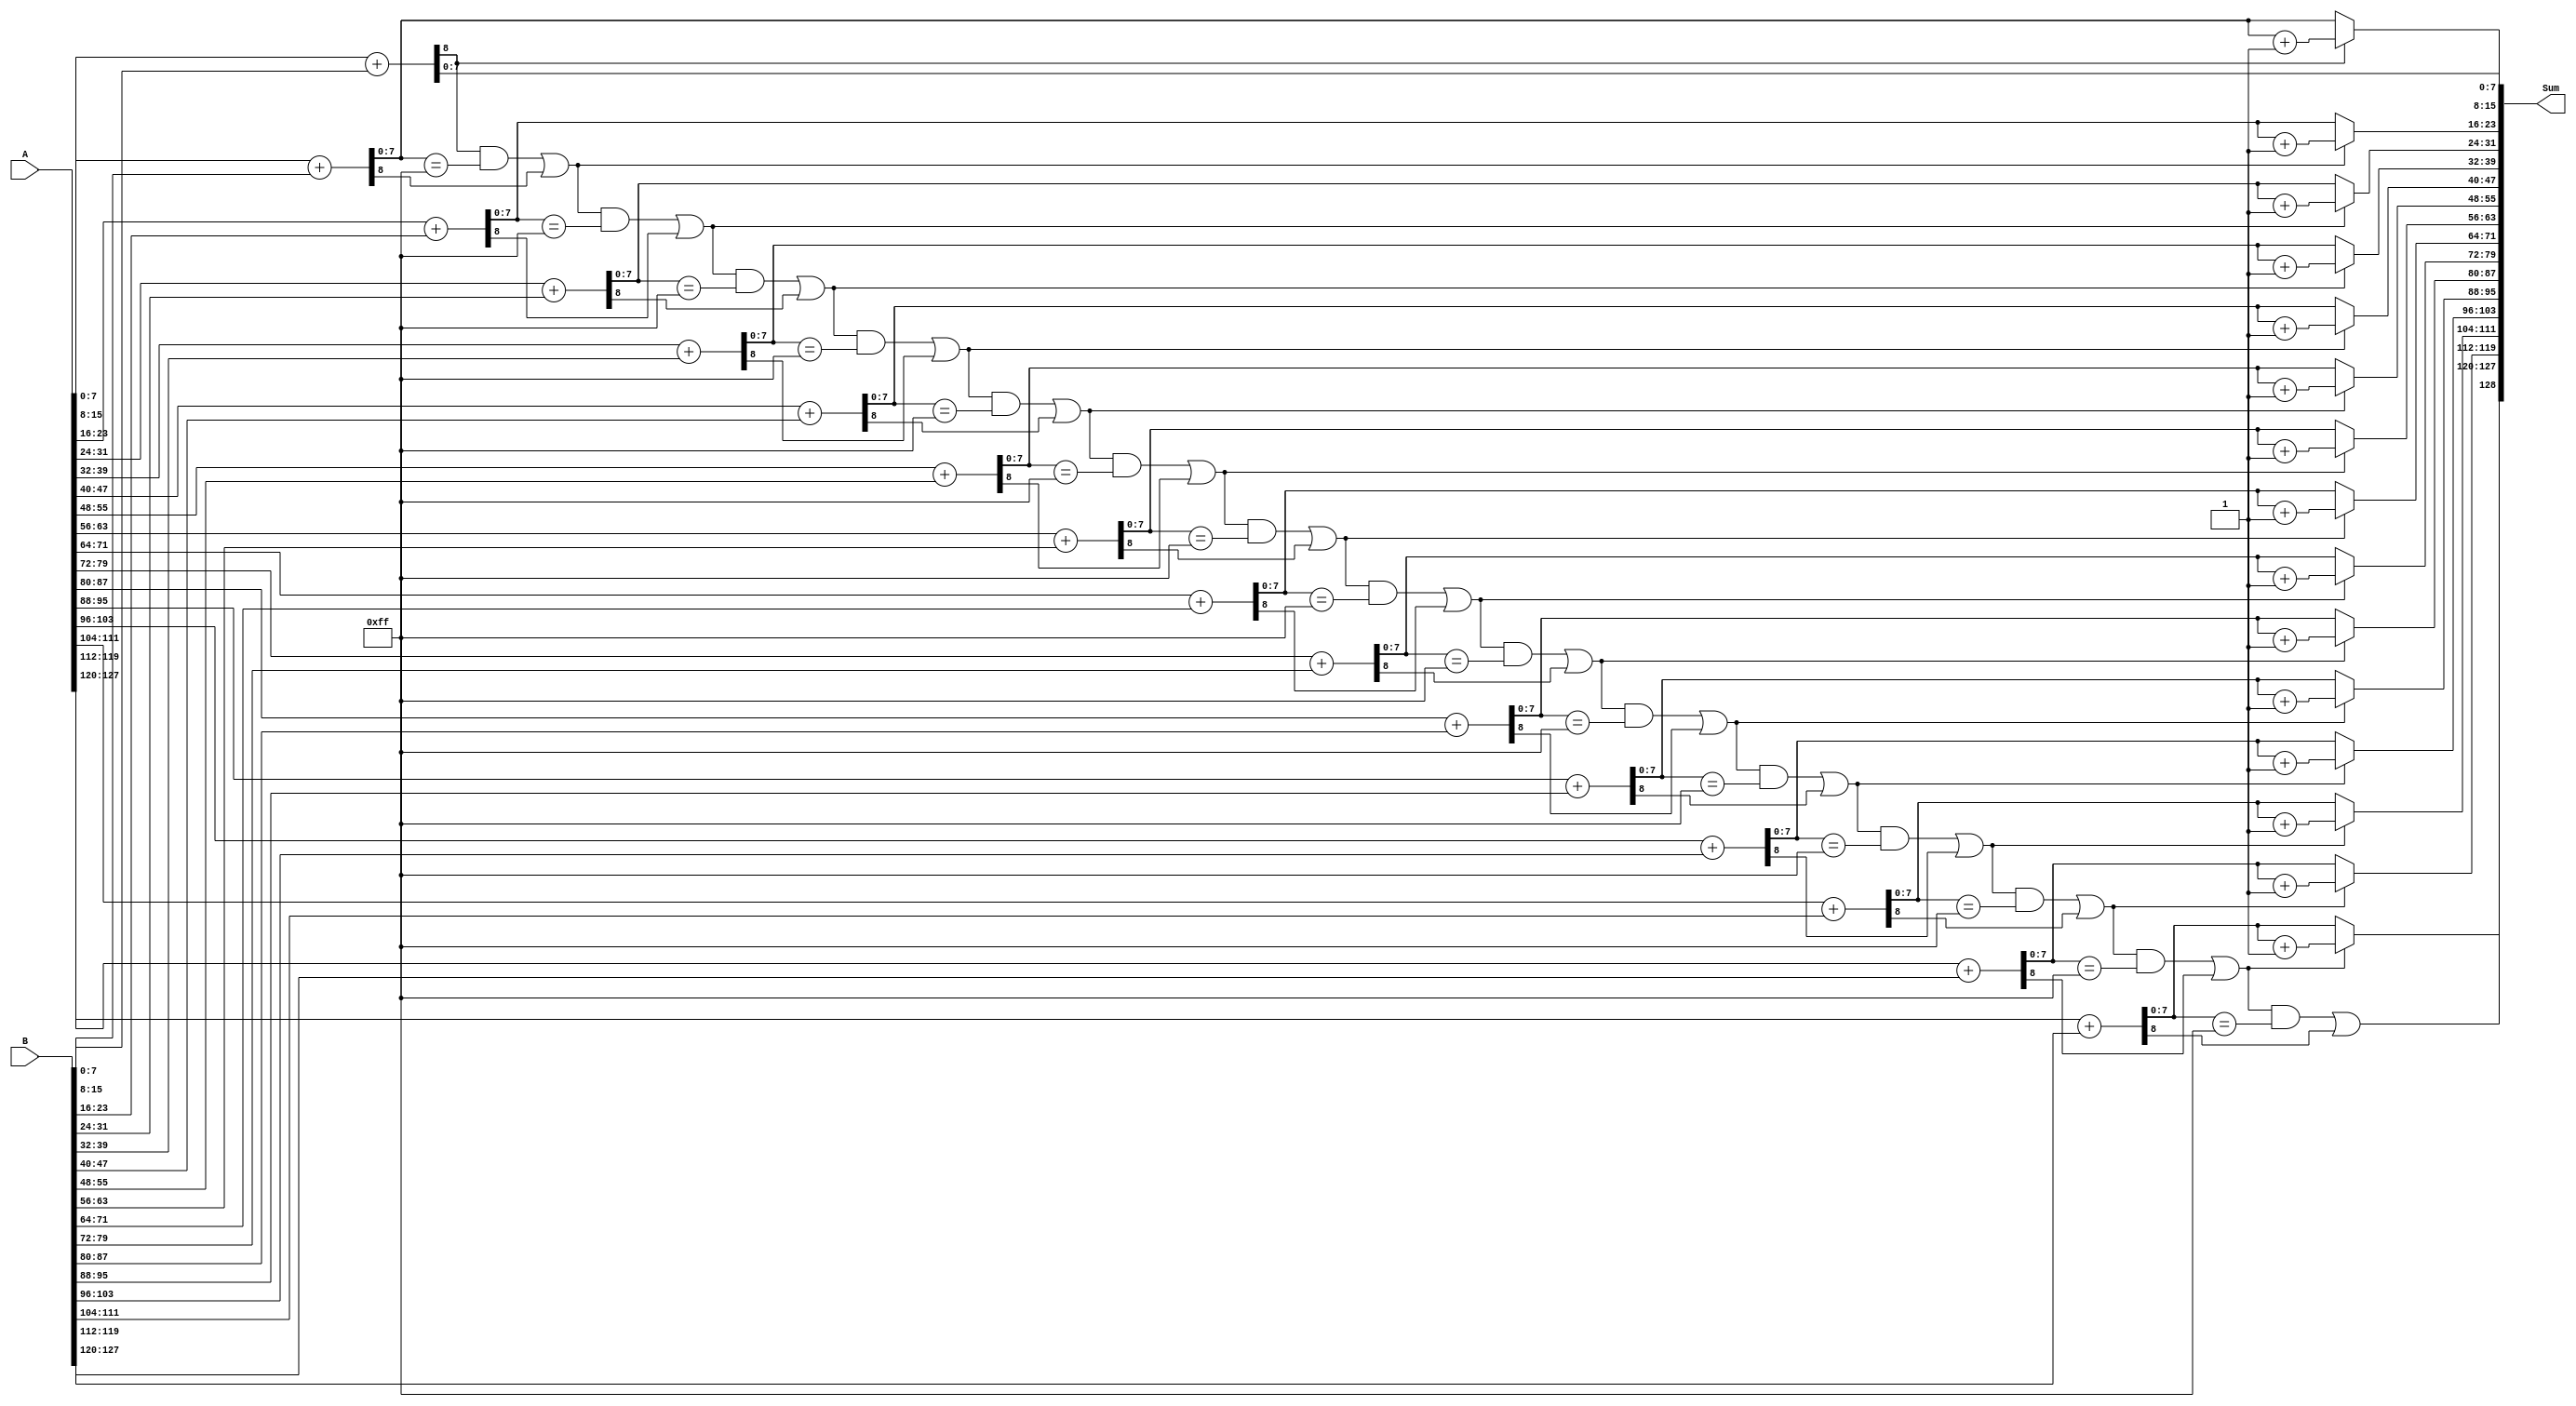
/////////////////////////////////////////////////////////////////////
////                                                             ////
////  High Speed Adder for Large Bitsize Computation (128 Bits)  ////
////                                                             ////
////                                                             ////
////  http://www.opencores.org/projects/adder                    ////
////                                                             ////
/////////////////////////////////////////////////////////////////////
////                                                             ////
//// Copyright (C) 2005 Sean Lee                                 ////
////                         seanlee@opencores.org               ////
////                                                             ////
//// This source file may be used and distributed without        ////
//// restriction provided that this copyright statement is not   ////
//// removed from the file and that any derivative work contains ////
//// the original copyright notice and the associated disclaimer.////
////                                                             ////
////     THIS SOFTWARE IS PROVIDED ``AS IS'' AND WITHOUT ANY     ////
//// EXPRESS OR IMPLIED WARRANTIES, INCLUDING, BUT NOT LIMITED   ////
//// TO, THE IMPLIED WARRANTIES OF MERCHANTABILITY AND FITNESS   ////
//// FOR A PARTICULAR PURPOSE. IN NO EVENT SHALL THE AUTHOR      ////
//// OR CONTRIBUTORS BE LIABLE FOR ANY DIRECT, INDIRECT,         ////
//// INCIDENTAL, SPECIAL, EXEMPLARY, OR CONSEQUENTIAL DAMAGES    ////
//// (INCLUDING, BUT NOT LIMITED TO, PROCUREMENT OF SUBSTITUTE   ////
//// GOODS OR SERVICES; LOSS OF USE, DATA, OR PROFITS; OR        ////
//// BUSINESS INTERRUPTION) HOWEVER CAUSED AND ON ANY THEORY OF  ////
//// LIABILITY, WHETHER IN  CONTRACT, STRICT LIABILITY, OR TORT  ////
//// (INCLUDING NEGLIGENCE OR OTHERWISE) ARISING IN ANY WAY OUT  ////
//// OF THE USE OF THIS SOFTWARE, EVEN IF ADVISED OF THE         ////
//// POSSIBILITY OF SUCH DAMAGE.                                 ////
////                                                             ////
/////////////////////////////////////////////////////////////////////
////                                                             ////
//// Note: The verilog file is written based on 128 bits.        //// 
//// The 128 bits adder was tested on a 0.35                     ////
//// micron technology and synthesis results yielded a 18%       ////
//// speed improvement over conventional carry look ahead adder  ////
//// and 85% improvement compared to conventional ripple adder.  ////
////                                                             ////
//// The verilog code can be expanded using the same concept     ////
//// for 256 bits, 512 bits or beyond.                           ////
/////////////////////////////////////////////////////////////////////

module adder_128bit (A, B, Sum);

input [127:0] A,B;
output [128:0] Sum;
wire [128:0] Sum;

wire [8:0] tempSum1, tempSum2, tempSum3, tempSum4, tempSum5, tempSum6, tempSum7, tempSum8;
wire [8:0] tempSum9, tempSum10, tempSum11, tempSum12, tempSum13, tempSum14, tempSum15, tempSum16;

wire tempCarry1, tempCarry2, tempCarry3, tempCarry4, tempCarry5, tempCarry6, tempCarry7, tempCarry8;
wire tempCarry9, tempCarry10, tempCarry11, tempCarry12, tempCarry13, tempCarry14, tempCarry15, tempCarry16;

wire f2, f3, f4, f5, f6, f7, f8;
wire f9, f10, f11, f12, f13, f14, f15, f16;

wire c1, c2, c3, c4, c5, c6, c7, c8;
wire c9, c10, c11, c12, c13, c14, c15, c16;

assign tempSum1 = A[7:0]      + B[7:0];
assign tempSum2 = A[15:8]     + B[15:8];
assign tempSum3 = A[23:16]    + B[23:16];
assign tempSum4 = A[31:24]    + B[31:24];
assign tempSum5 = A[39:32]    + B[39:32];
assign tempSum6 = A[47:40]    + B[47:40];
assign tempSum7 = A[55:48]    + B[55:48];
assign tempSum8 = A[63:56]    + B[63:56];
assign tempSum9 = A[71:64]    + B[71:64];
assign tempSum10 = A[79:72]   + B[79:72];
assign tempSum11 = A[87:80]   + B[87:80];
assign tempSum12 = A[95:88]   + B[95:88];
assign tempSum13 = A[103:96]  + B[103:96];
assign tempSum14 = A[111:104] + B[111:104];
assign tempSum15 = A[119:112] + B[119:112];
assign tempSum16 = A[127:120] + B[127:120];

assign tempCarry1 = tempSum1[8];
assign tempCarry2 = tempSum2[8];
assign tempCarry3 = tempSum3[8];
assign tempCarry4 = tempSum4[8];
assign tempCarry5 = tempSum5[8];
assign tempCarry6 = tempSum6[8];
assign tempCarry7 = tempSum7[8];
assign tempCarry8 = tempSum8[8];
assign tempCarry9 = tempSum9[8];
assign tempCarry10 = tempSum10[8];
assign tempCarry11 = tempSum11[8];
assign tempCarry12 = tempSum12[8];
assign tempCarry13 = tempSum13[8];
assign tempCarry14 = tempSum14[8];
assign tempCarry15 = tempSum15[8];
assign tempCarry16 = tempSum16[8];

assign f2 = (tempSum2[7:0] == 8'hff);
assign f3 = (tempSum3[7:0] == 8'hff);
assign f4 = (tempSum4[7:0] == 8'hff);
assign f5 = (tempSum5[7:0] == 8'hff);
assign f6 = (tempSum6[7:0] == 8'hff);
assign f7 = (tempSum7[7:0] == 8'hff);
assign f8 = (tempSum8[7:0] == 8'hff);
assign f9 = (tempSum9[7:0] == 8'hff);
assign f10 = (tempSum10[7:0] == 8'hff);
assign f11 = (tempSum11[7:0] == 8'hff);
assign f12 = (tempSum12[7:0] == 8'hff);
assign f13 = (tempSum13[7:0] == 8'hff);
assign f14 = (tempSum14[7:0] == 8'hff);
assign f15 = (tempSum15[7:0] == 8'hff);
assign f16 = (tempSum16[7:0] == 8'hff);

assign c1 = tempCarry1;
assign c2 = (c1 & f2) | tempCarry2;
assign c3 = (c2 & f3) | tempCarry3;
assign c4 = (c3 & f4) | tempCarry4;
assign c5 = (c4 & f5) | tempCarry5;
assign c6 = (c5 & f6) | tempCarry6;
assign c7 = (c6 & f7) | tempCarry7;
assign c8 = (c7 & f8) | tempCarry8;
assign c9 = (c8 & f9) | tempCarry9;
assign c10 = (c9 & f10) | tempCarry10;
assign c11 = (c10 & f11) | tempCarry11;
assign c12 = (c11 & f12) | tempCarry12;
assign c13 = (c12 & f13) | tempCarry13;
assign c14 = (c13 & f14) | tempCarry14;
assign c15 = (c14 & f15) | tempCarry15;
assign c16 = (c15 & f16) | tempCarry16;

assign Sum[7:0] = tempSum1[7:0];

assign Sum[15:8] = c1 ? (tempSum2[7:0] + 1) : tempSum2[7:0];

assign Sum[23:16] = c2 ? (tempSum3[7:0] + 1) : tempSum3[7:0];

assign Sum[31:24] = c3 ? (tempSum4[7:0] + 1) : tempSum4[7:0];

assign Sum[39:32] = c4 ? (tempSum5[7:0] + 1) : tempSum5[7:0];

assign Sum[47:40] = c5 ? (tempSum6[7:0] + 1) : tempSum6[7:0];

assign Sum[55:48] = c6 ? (tempSum7[7:0] + 1) : tempSum7[7:0];

assign Sum[63:56] = c7 ? (tempSum8[7:0] + 1) : tempSum8[7:0];

assign Sum[71:64] = c8 ? (tempSum9[7:0] + 1) : tempSum9[7:0];

assign Sum[79:72] = c9 ? (tempSum10[7:0] + 1) : tempSum10[7:0];

assign Sum[87:80] = c10 ? (tempSum11[7:0] + 1) : tempSum11[7:0];

assign Sum[95:88] = c11 ? (tempSum12[7:0] + 1) : tempSum12[7:0];

assign Sum[103:96] = c12 ? (tempSum13[7:0] + 1) : tempSum13[7:0];

assign Sum[111:104] = c13 ? (tempSum14[7:0] + 1) : tempSum14[7:0];

assign Sum[119:112] = c14 ? (tempSum15[7:0] + 1) : tempSum15[7:0];

assign Sum[127:120] = c15 ? (tempSum16[7:0] + 1) : tempSum16[7:0];

assign Sum[128] = c16;

endmodule